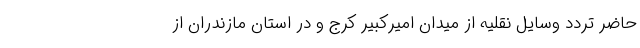
حاضر تردد وسایل نقلیه از میدان امیرکبیر کرج و در استان مازندران از